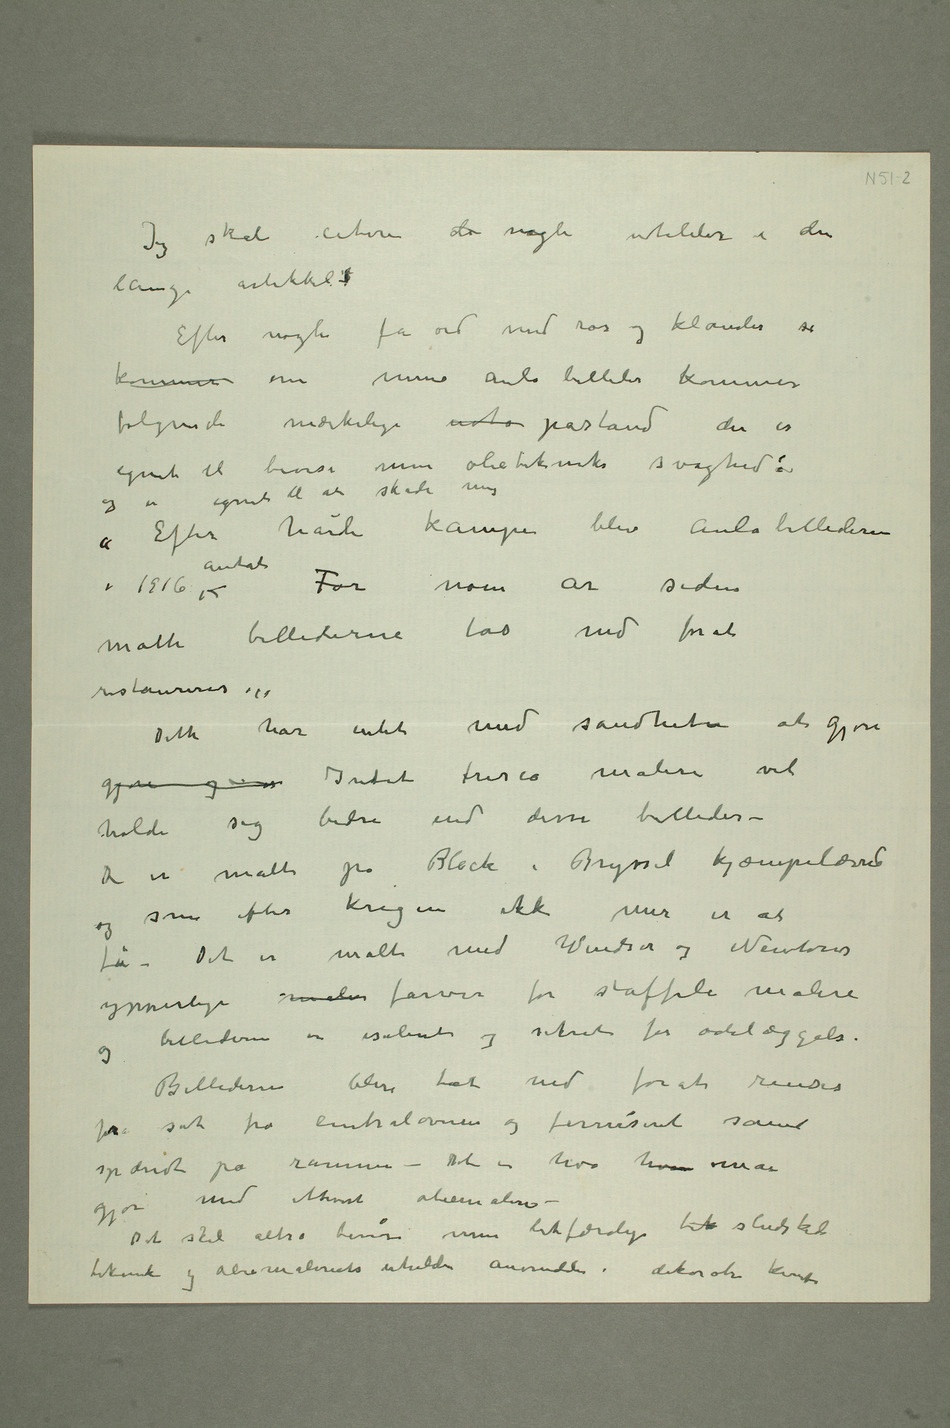
Jeg skal citere de nogle udtalelser i den
artikkel –
Efter nogle få ord med ros og klander så
kommer om mine Aula billeder kommer
følgende mærkelige  påstand der er
egnet til bevise min olietekniks svaghed: og er
egnet til at skade mig
i 1916 antat. For noen år siden
måtte billederne tas ned forat
Dette har intet med sandheten at gjøre gjøre
Intet fresco maleri vil
holde sig bedre end disse billeder –
De er malte på Block Bryssel kjæmpelærred og
som efter krigen ikke mer er at
få. Det er malt med Windsor og Newtons
ypperlige malin farver for staffeli maleri og
billederne er isolerede og sikrede for ødeleggelse.
Billederne blev tat ned forat renses
fraor sot fra centralovnen og ferniseret samt
med ethvert oliemaleri –
Det skal altså bevise min letfærdige  sludskede
teknik og oliemaleriets uheldie anvendelse i dekorativ kunst